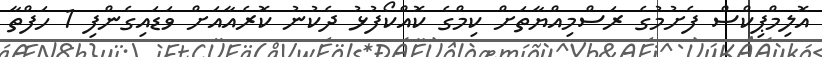
އޮލިމްޕިކްސް ފެށުމުގެ ރަސްމިއްޔާތަށް ކިމްގެ ކޮއްކޯފުޅު ދެކުނު ކޮރެއާއަށް ވަޑައިގެންފި 1 ހަފްތާ